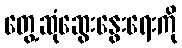
တွေ့ဆုံဆွေးနွေးရေးကို